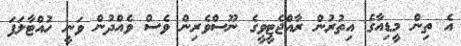
އެ ތިން މީޑިއާގެ އިތުރުން ރާއްޖެޓީވީގެ ނޫސްވެރިން ވެސް ވެއްދުން ވަނީ ހުއްޓާލަފަ